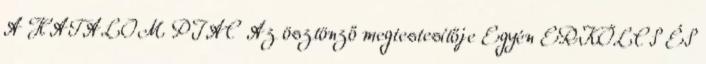
A HATALOM PIAC Az ösztönző megtestesítője Egyén ERKÖLCS ÉS